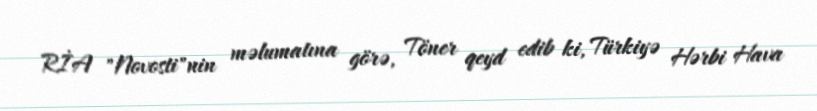
RİA "Novosti"nin məlumatına görə, Töner qeyd edib ki, Türkiyə Hərbi Hava